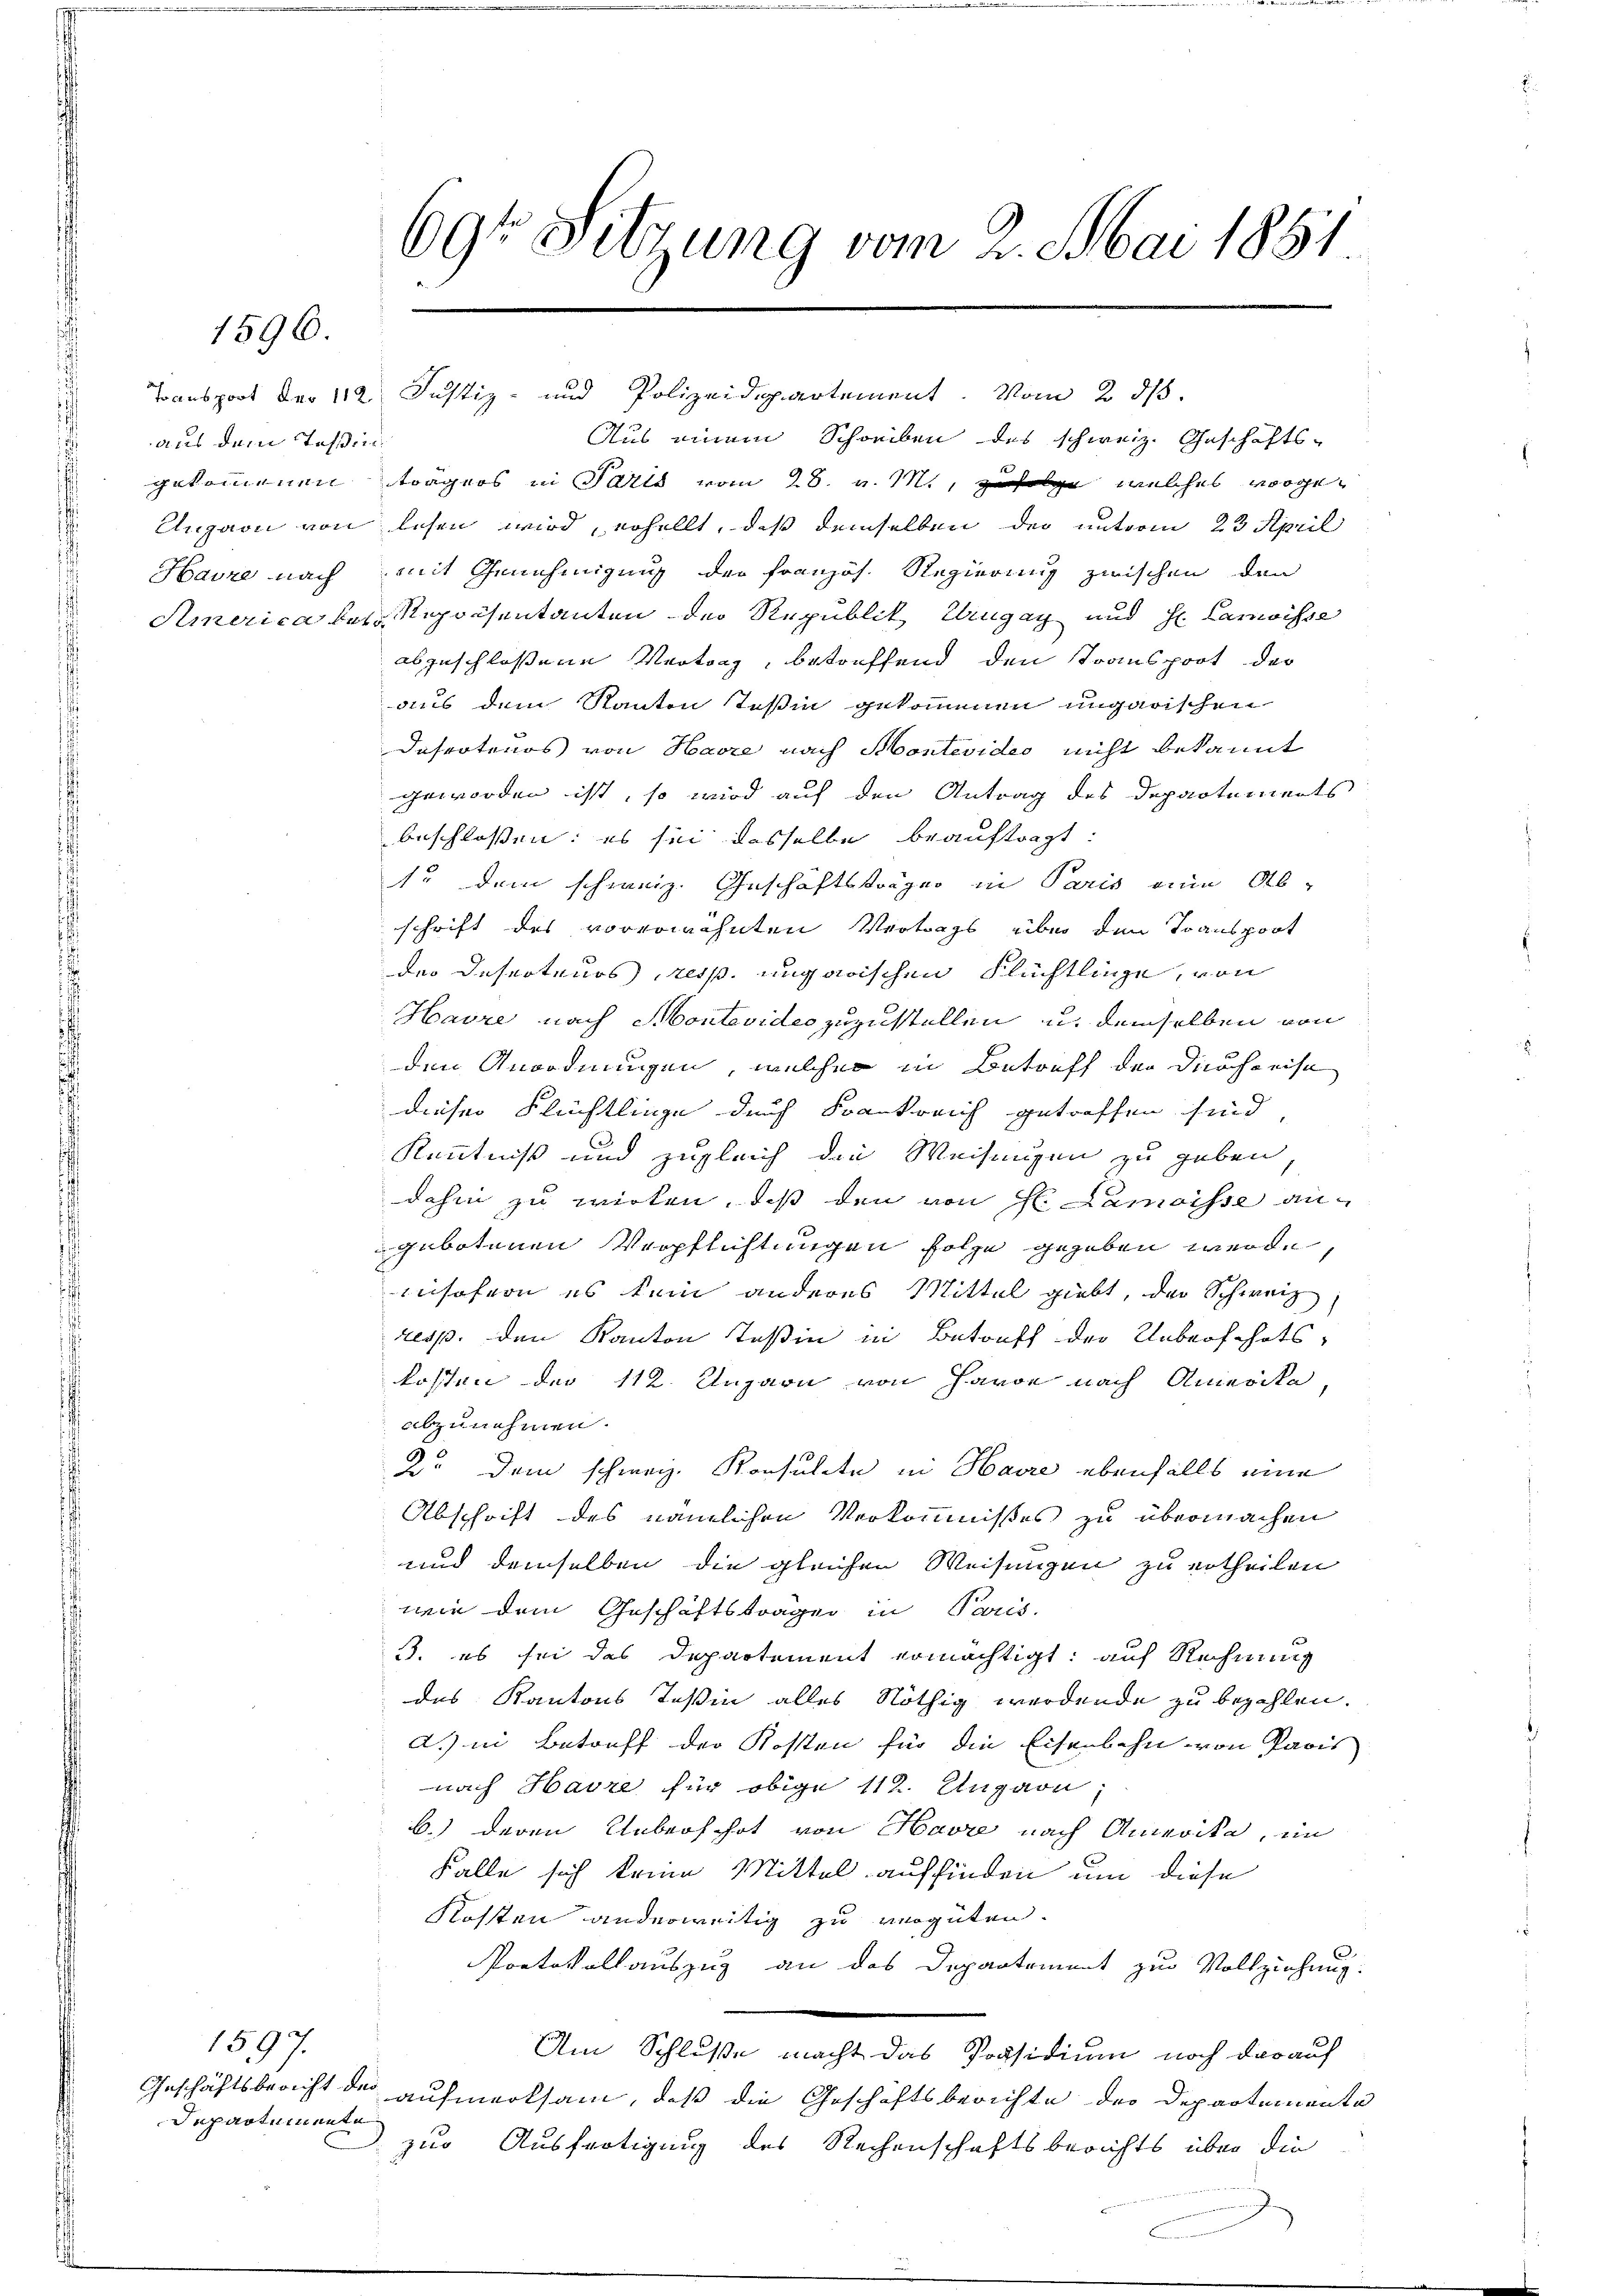
1596.

aus dem Tessin

1597.
Departemente

69te Sitzung vom 2. Mai 1881
.

Tonsport der 112. Justiz- und Polizeidepartement. Vom 2. ds.
Aus einem Schreiben des schweiz. Geschäfts-
gekommenen trägers in Falls vom 28. v. M., zufolge, welches vorge¬
Ungarn von lesen wird, erhellt, daß demselben der unterm 23. April
Havre nach mit Genehmigung der Französ. Regierung zwischen den
America bei Repräsentanten der Republik Urugay und H. Lanwisse
abzuschlossene Vertrag, betreffend den Transport der
aus dem Kanton Teßin gekommen ungarischen
Dasrotauos von Havre nach Montevideo nicht bekannt
geworden ist, so wird auf den Antrag des Departements
beschlossen: es sei dasselbe beauftragt:
13 dem schweiz. Geschäftsträger in Paris eine Ab-
schrift des vorerwähnten Vertrags über den Transport
Der Insecteurs resp. ungarischen Flüchtlinge, von
Havre nach Montevideo zuzustellen u. demselben von
den Anordnungen, welcher in Betreff der Durchreise
dieser Flüchtlinge durch Frankreich getroffen sind,
Kenntniß und zugleich die Weisungen zu geben,
dahin zu wirken, daß den von fl. Camoisse angebotenen Verpflichtungen folge gegeben werde,
insofern es kein anderes Mittel giebt, der Schweiz
resp. den Kanton Teßin in Betreff der Ueberfahrts-
kosten der 112. Ungarn von Havon nach Amerike
abzunehmen.
2. dem schweiz. Konsulate in Havre ebenfalls eine
Abschrift des nämlichen Verkommnisses zu übermachen
und demselben die gleichen Weisungen zu ertheilen
wein dem Geschäftsträgen in Paris.
3. es sei das Departement ermächtigt: auf Rechnung
des Kantons Teßin alles Nöthig werdende zu bezahlen.
d.) in Betreff der Kosten für die Eisenbahn von Paris
nach Havre für obige 112. Ungarn,
b.) deren Ueberfahrt von Havre nach Amerika, im
Falle sich keine Mittel auffinden um diese
Kossten anderweitig zu vergüten
Portokollauszug an das Departement zur Vollziehung.
Am Schluße macht das Präsidium noch darauf
Geschäftsbericht der aufmerksam, daß die Geschäftsberichte der Departemente
zur Ausfertigung des Rechenschaftsberichts über die